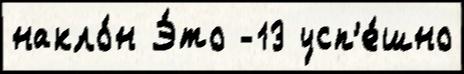
накло́н Э́то -13 усп'е́шно